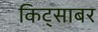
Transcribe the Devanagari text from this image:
किट्साबर